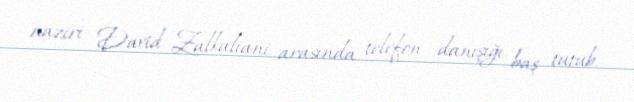
naziri David Zalkaliani arasında telefon danışığı baş tutub.